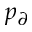
p _ { \partial }